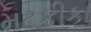
મટકીકા